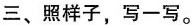
三、照样子，写一写。